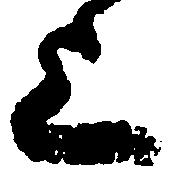
上